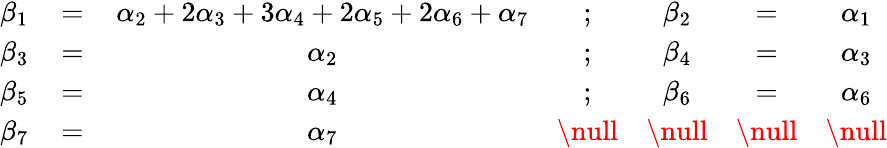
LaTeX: \begin{array}{ccccccc}{{\beta_{1}\, }}&{{=}}&{{\, \alpha_{2}+2\alpha_{3}+3\alpha_{4}+2\alpha_{5}+2\alpha_{6}+\alpha_{7}}}&{{;}}&{{\beta_{2}}}&{{=}}&{{\alpha_{1}}}\\ {{\beta_{3}\, }}&{{=}}&{{\, \alpha_{2}}}&{{;}}&{{\beta_{4}}}&{{=}}&{{\alpha_{3}}}\\ {{\beta_{5}\, }}&{{=}}&{{\, \alpha_{4}}}&{{;}}&{{\beta_{6}}}&{{=}}&{{\alpha_{6}}}\\ {{\beta_{7}\, }}&{{=}}&{{\, \alpha_{7}}}&{{\null}}&{{\null}}&{{\null}}&{{\null}}\end{array}